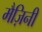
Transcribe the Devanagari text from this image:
मैज़िनी